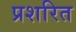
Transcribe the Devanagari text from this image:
प्रशरित